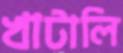
খাটালি